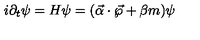
i { \partial } _ { t } \psi = H \psi = ( \vec { \alpha } \cdot \vec { \wp } + \beta m ) \psi